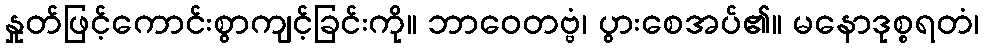
နှုတ်ဖြင့်ကောင်းစွာကျင့်ခြင်းကို။ ဘာဝေတဗ္ဗံ၊ ပွားစေအပ်၏။ မနောဒုစ္စရတံ၊